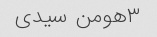
۳هومن سیدی